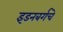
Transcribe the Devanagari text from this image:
इडनबर्गचे